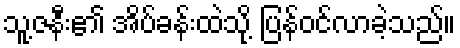
သူ့ဇနီး၏ အိပ်ခန်းထဲသို့ ပြန်ဝင်လာခဲ့သည်။